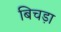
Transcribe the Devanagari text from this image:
बिचड़ा